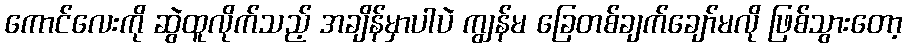
ကောင်လေးကို ဆွဲထူလိုက်သည့် အချိန်မှာပါပဲ ကျွန်မ ခြေတစ်ချက်ချော်မလို ဖြစ်သွားတော့